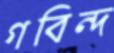
গবিন্দ